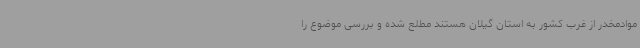
موادمخدر از غرب کشور به استان گیلان هستند مطلع شده و بررسی موضوع را